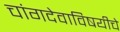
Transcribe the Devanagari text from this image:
चांगदेवाविषयीचे